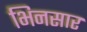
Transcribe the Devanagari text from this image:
भिनसार